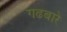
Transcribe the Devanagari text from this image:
गढबारे